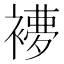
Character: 𧜩